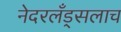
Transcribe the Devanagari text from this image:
नेदरलँड्सलाच